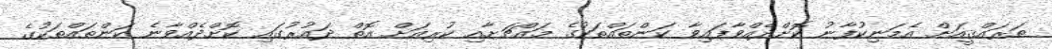
ތަރައްޤީއަށް އެމަނިކުފާނު ކޮށްދެއްވާފައިވާ ކަންތައްތަކުގެ މައްޗަށާއި ކުރިއަށް އޮތް ދައުރުގައި ކޮށްދެއްވާނެ ކަންތައްތަކުގެ